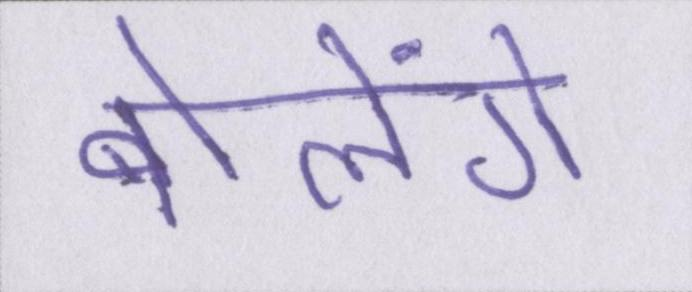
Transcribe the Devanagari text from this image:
बोलेंगे